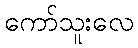
ကော်သူးလေ